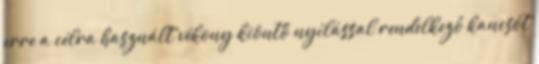
erre a célra használt vékony kiöntő nyílással rendelkező kancsót